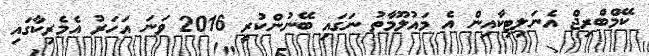
ކޭމްބްްރިޖް އެނަލިޓިކާއިން އެ މައުލޫމާތު ނަގައި ބޭނުންކުރީ 2016 ވަނަ އަހަރު އެމެރިކާގައި